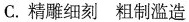
C.精雕细刻粗制滥造